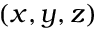
( x , y , z )